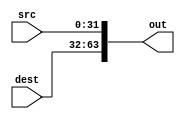
`timescale 1ns/1ps
module XCHG(dest, src, out);
input [31:0] dest;
input [31:0] src;
output [63:0] out;

wire [31:0] in0, in1;

//dest is the contents of dest (r/m) to be written into src (a register)
assign out[63:32] = dest;
//src is the contents of src (register) to be written into dest (r/m)
assign out[31:0] = src;

endmodule